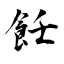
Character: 飪